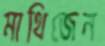
মাথিজেন